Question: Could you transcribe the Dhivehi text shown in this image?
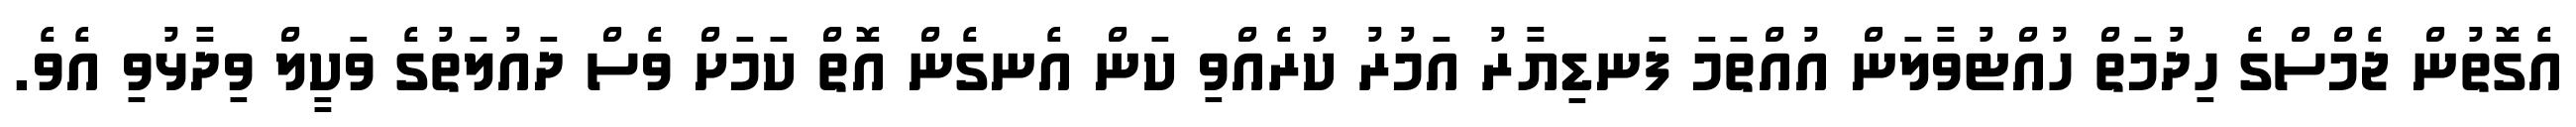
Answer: އެގޮތުން ޖެމްސްގެ ހިދުމަތް ހުއްޓުވާލަން އުއްތަމަ ފަނޑިޔާރު އަމުރު ކުރެއްވި ކަން އެނގެން އޮތް ކަމަށް ވެސް ދައުލަތުގެ ވަކީލް ވިދާޅުވި އެވެ.